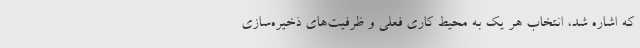
که اشاره شد، انتخاب هر یک به محیط کاری فعلی و ظرفیت‌های ذخیره‌سازی